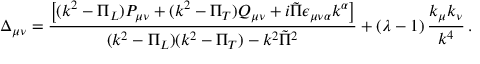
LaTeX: \Delta _ { \mu \nu } = { \frac { \left[ ( k ^ { 2 } - \Pi _ { L } ) P _ { \mu \nu } + ( k ^ { 2 } - \Pi _ { T } ) Q _ { \mu \nu } + i \tilde { \Pi } \epsilon _ { \mu \nu \alpha } k ^ { \alpha } \right] } { ( k ^ { 2 } - \Pi _ { L } ) ( k ^ { 2 } - \Pi _ { T } ) - k ^ { 2 } \tilde { \Pi } ^ { 2 } } } + \left( \lambda - 1 \right) { \frac { k _ { \mu } k _ { \nu } } { k ^ { 4 } } } \, .